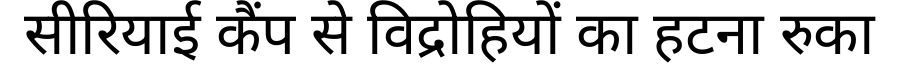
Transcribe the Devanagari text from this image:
सीरियाई कैंप से विद्रोहियों का हटना रुका